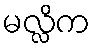
မလ္လိက